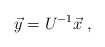
\begin{align*}\vec{y} = U^{-1} \vec{x}\; ,\end{align*}